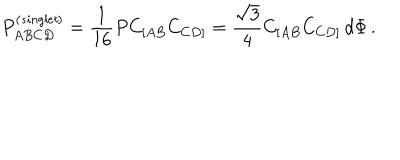
LaTeX: P _ { A B C D } ^ { \left( { \it s i n g l e t } \right) } = { \frac { 1 } { 1 6 } } P C _ { [ A B } C _ { C D ] } = { \frac { \sqrt { 3 } } { 4 } } C _ { [ A B } C _ { C D ] } \, d \Phi \, .